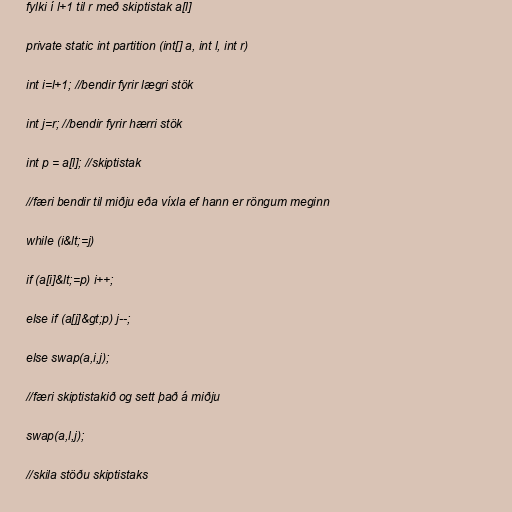
fylki í l+1 til r með skiptistak a[l]

private static int partition (int[] a, int l, int r)

int i=l+1; //bendir fyrir lægri stök

int j=r; //bendir fyrir hærri stök

int p = a[l]; //skiptistak

//færi bendir til miðju eða víxla ef hann er röngum meginn

while (i&lt;=j)

if (a[i]&lt;=p) i++;

else if (a[j]&gt;p) j--;

else swap(a,i,j);

//færi skiptistakið og sett það á miðju

swap(a,l,j);

//skila stöðu skiptistaks